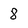
Character: 8